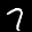
Label: 7